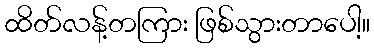
ထိတ်လန့်တကြား ဖြစ်သွားတာပေါ့။